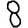
Digit: 8